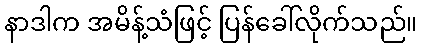
နာဒါက အမိန့်သံဖြင့် ပြန်ခေါ်လိုက်သည်။